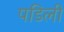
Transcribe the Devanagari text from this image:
पडिली